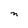
Character: n